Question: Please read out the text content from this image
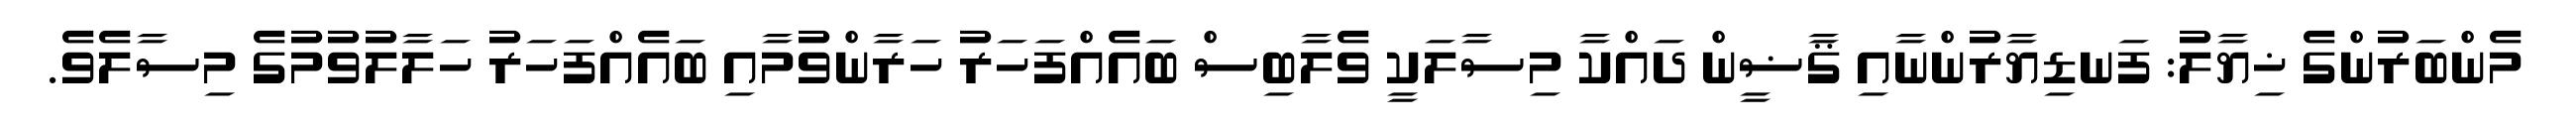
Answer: މެންބަރުންގެ ޚިޔާލު: ފަނޑިޔާރުންނާއި ޤާޟީން ދައްކާ މިސާލަކީ ވެލާބިސް ބައެއްފަހަރު ހަރާންވުމާއި ބައެއްފަހަރު ހަލާލުވުމުގެ މިސާލެވެ.